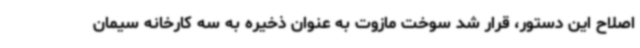
اصلاح این دستور، قرار شد سوخت مازوت به عنوان ذخیره به سه کارخانه سیمان